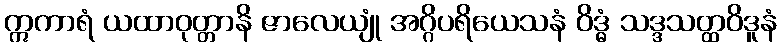
ဣကာရံ ယထာဝုတ္တာနိ ဇာလေယျုံ အဂ္ဂိပရိယေသနံ ဝိဒ္ဓံ သဒ္ဒသတ္ထဝိဒူနံ